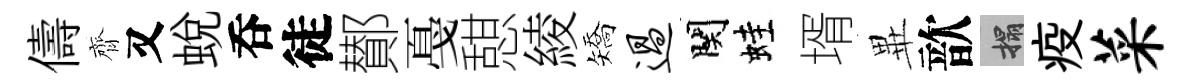
儔齊又蛻呑徒鄼戞憇綾矯过関蛙壻𭺾歆搨疫菜